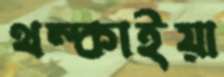
থম্‌কাইয়া